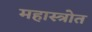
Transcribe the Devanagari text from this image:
महास्त्रोत